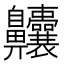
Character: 齉